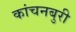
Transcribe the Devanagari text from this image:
कांचनबुरी